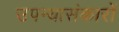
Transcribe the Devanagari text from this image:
उपन्यासंकारों